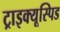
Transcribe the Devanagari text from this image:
ट्राइक्यूस्पिड